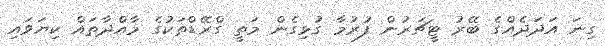
ގިނަ އަދަދެއްގެ ބޭރު ޓީޗަރުން ފުރުމާ ގުޅިގެން މަތީ ގްރޭޑްތަކުގެ މާއްދާތައް ކިޔަވައި